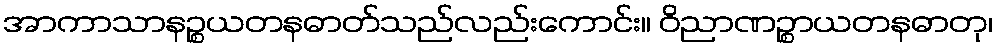
အာကာသာနဉ္စယတနဓာတ်သည်လည်းကောင်း။ ဝိညာဏဉ္စာယတနဓာတု၊